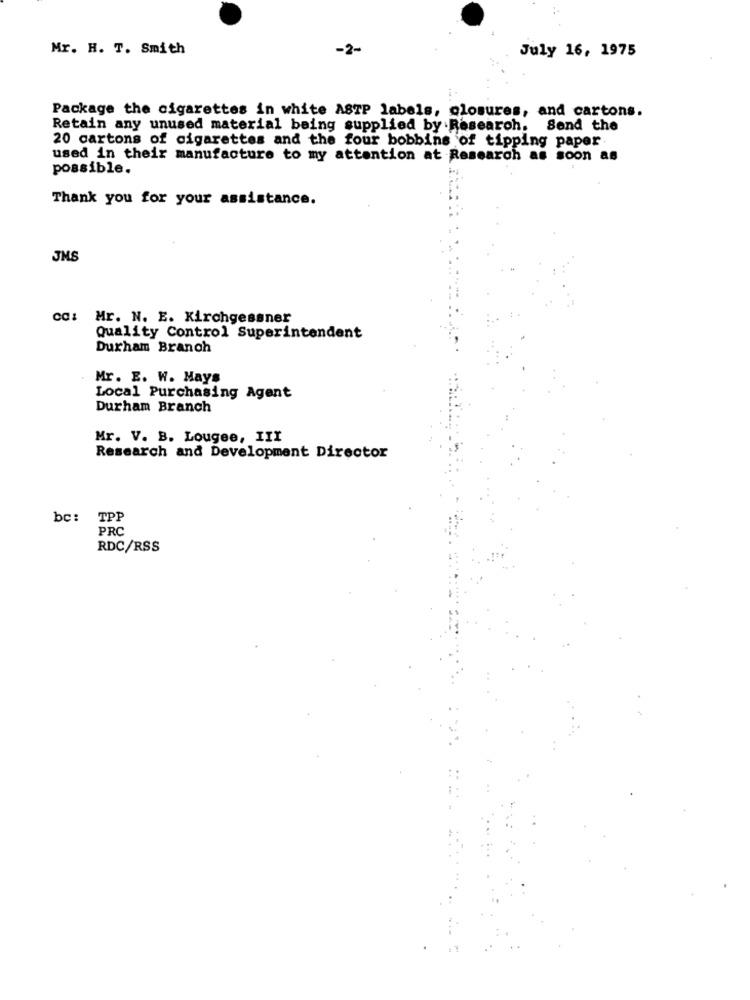
Mr. H. T. Smith
-2-
July 16, 1975
Package the cigarettes in white ASTP labels, closures, and cartons.
Retain any unused material being supplied by Research. Send the
20 cartons of cigarettes and the four bobbins of tipping paper
used in their manufacture to my attention at Research as soon as
possible.
Thank you for your assistance.
JMS
ca: Mr. N. E. Kirchgessner
Quality Control Superintendent
Durham Branch
Mr. E. W. Mays
Local Purchasing Agent
Durham Branch
Mr. V. B. Lougee, III
Research and Development Director
bc: TPP
PRC
RDC/RSS